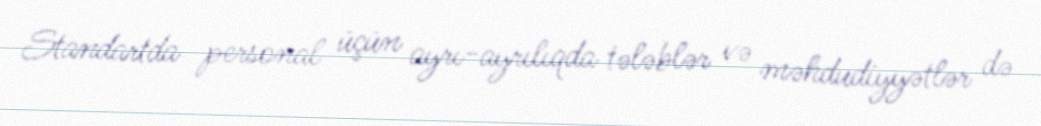
Standartda personal üçün ayrı-ayrılıqda tələblər və məhdudiyyətlər də